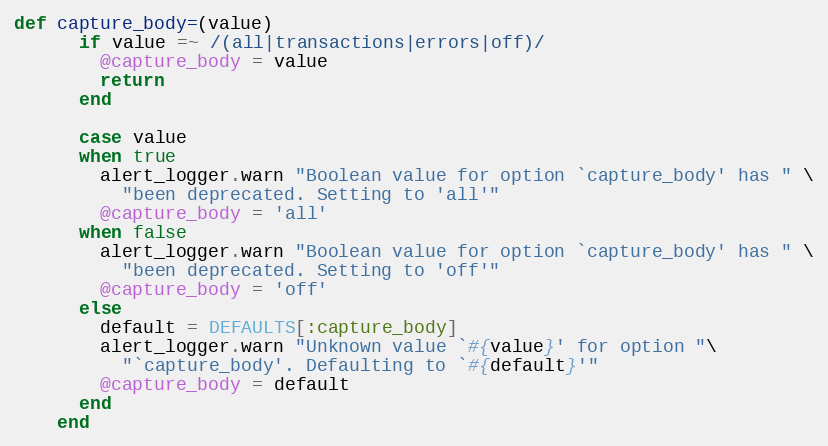
Language: Ruby
def capture_body=(value)
      if value =~ /(all|transactions|errors|off)/
        @capture_body = value
        return
      end

      case value
      when true
        alert_logger.warn "Boolean value for option `capture_body' has " \
          "been deprecated. Setting to 'all'"
        @capture_body = 'all'
      when false
        alert_logger.warn "Boolean value for option `capture_body' has " \
          "been deprecated. Setting to 'off'"
        @capture_body = 'off'
      else
        default = DEFAULTS[:capture_body]
        alert_logger.warn "Unknown value `#{value}' for option "\
          "`capture_body'. Defaulting to `#{default}'"
        @capture_body = default
      end
    end